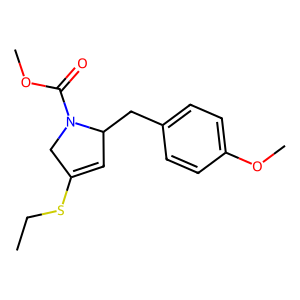
SMILES: CCSC1=CC(Cc2ccc(OC)cc2)N(C(=O)OC)C1
Inhibits HIV replication: No